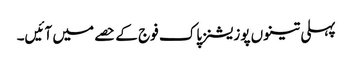
پہلی تینوں پوزیشنز پاک فوج کے حصے میں آئیں۔